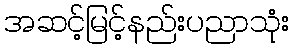
အဆင့်မြင့်နည်းပညာသုံး